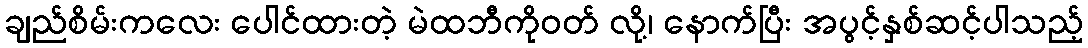
ချည်စိမ်းကလေး ပေါင်ထားတဲ့ မဲထဘီကိုဝတ် လို့၊ နောက်ပြီး အပွင့်နှစ်ဆင့်ပါသည့်